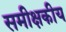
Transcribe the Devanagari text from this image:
समीक्षकीय